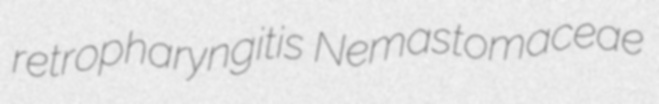
retropharyngitis Nemastomaceae